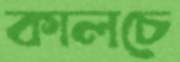
কালচে